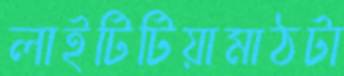
লাইটিটিয়ামাঠটা